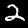
Digit: 2